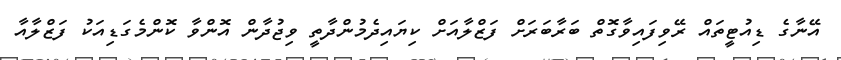
އޭނާގެ ޑިއުޓީތައް ރޭވިފައިވާގޮތް ބަރާބަރަށް ފަޒްލާއަށް ކިޔައިދެމުންދާތީ ވިޖުދާން އޮންވާ ކޮންމެގަޑިއަކު ފަޒްލާއާ